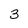
Character: 3